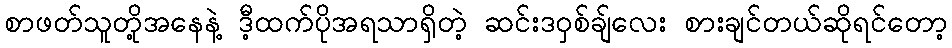
စာဖတ်သူတို့အနေနဲ့ ဒီ့ထက်ပိုအရသာရှိတဲ့ ဆင်းဒဝှစ်ချ်လေး စားချင်တယ်ဆိုရင်တော့